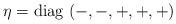
LaTeX: \begin{align*}\eta= \mbox{diag} \, \left( -,-,+,+,+ \right) \end{align*}